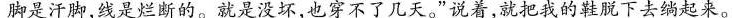
脚是汗脚，线是烂断的。就是没坏，也穿不了几天。”说着，就把我的鞋脱下去绱起来。